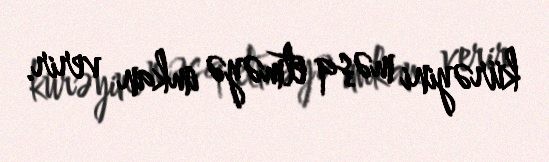
kürəyini məşq etməyə imkan verir.